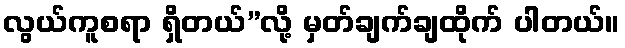
လွယ်ကူစရာ ရှိတယ်”လို့ မှတ်ချက်ချထိုက် ပါတယ်။